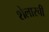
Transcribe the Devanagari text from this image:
शेलारची